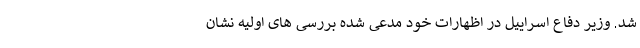
شد. وزیر دفاع اسراییل در اظهارات خود مدعی شده بررسی های اولیه نشان